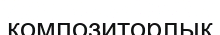
композиторлық